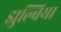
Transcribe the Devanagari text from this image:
झुल्बिया